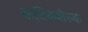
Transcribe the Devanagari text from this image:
कटिकशेरुक